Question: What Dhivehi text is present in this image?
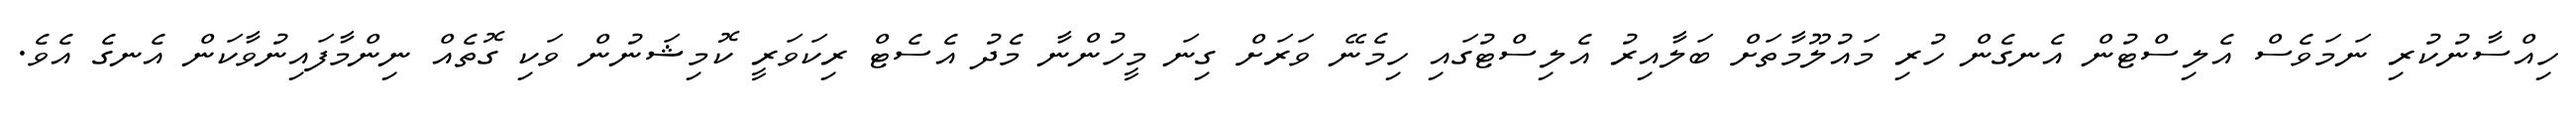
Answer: ހިއްސާނުކުރި ނަމަވެސް އެލިސްޓުން އެނގެން ހުރި މައުލޫމާތަށް ބަލާއިރު އެލިސްޓުގައި ހިމެނޭ ވަރަށް ގިނަ މީހުންނާ މެދު އެސެޓް ރިކަވަރީ ކޮމިޝަނުން ވަކި ގޮތެއް ނިންމާފައިނުވާކަން އެނގެ އެވެ.